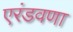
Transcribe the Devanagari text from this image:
एरंडवणा